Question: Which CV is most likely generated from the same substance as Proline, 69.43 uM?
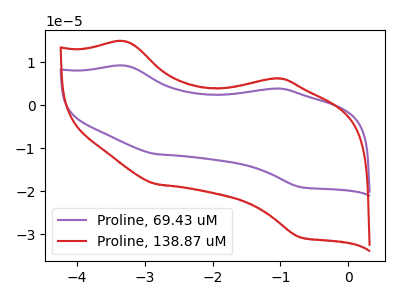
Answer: <think>The purple curve "Proline, 69.43 uM" has anodic peaks at (-3.30V, 9.20uA) (-1.15V, 3.85uA) and cathodic peaks at (-2.80V, -11.35uA) (-0.70V, -19.00uA). The red curve "Proline, 138.87 uM" has anodic peaks at (-3.30V, 14.80uA) (-1.15V, 6.20uA) and cathodic peaks at (-2.80V, -18.35uA) (-0.70V, -30.65uA).
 All the peaks in "Proline, 69.43 uM" have a peak in "Proline, 138.87 uM" at the same potential. Every peak in "Proline, 69.43 uM" is lower than every peak in "Proline, 138.87 uM".</think>
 <answer>The CV with the most similar shape to "Proline, 138.87 uM" is "Proline, 69.43 uM".</answer>
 <eval>"Proline, 69.43 uM"</eval>